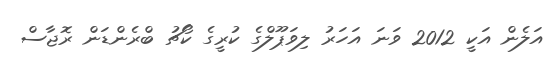
އަލެން އަކީ 2012 ވަނަ އަހަރު ލިވަޕޫލްގެ ކުރީގެ ކޯޗު ބްރެންޑަން ރޮޖާސް